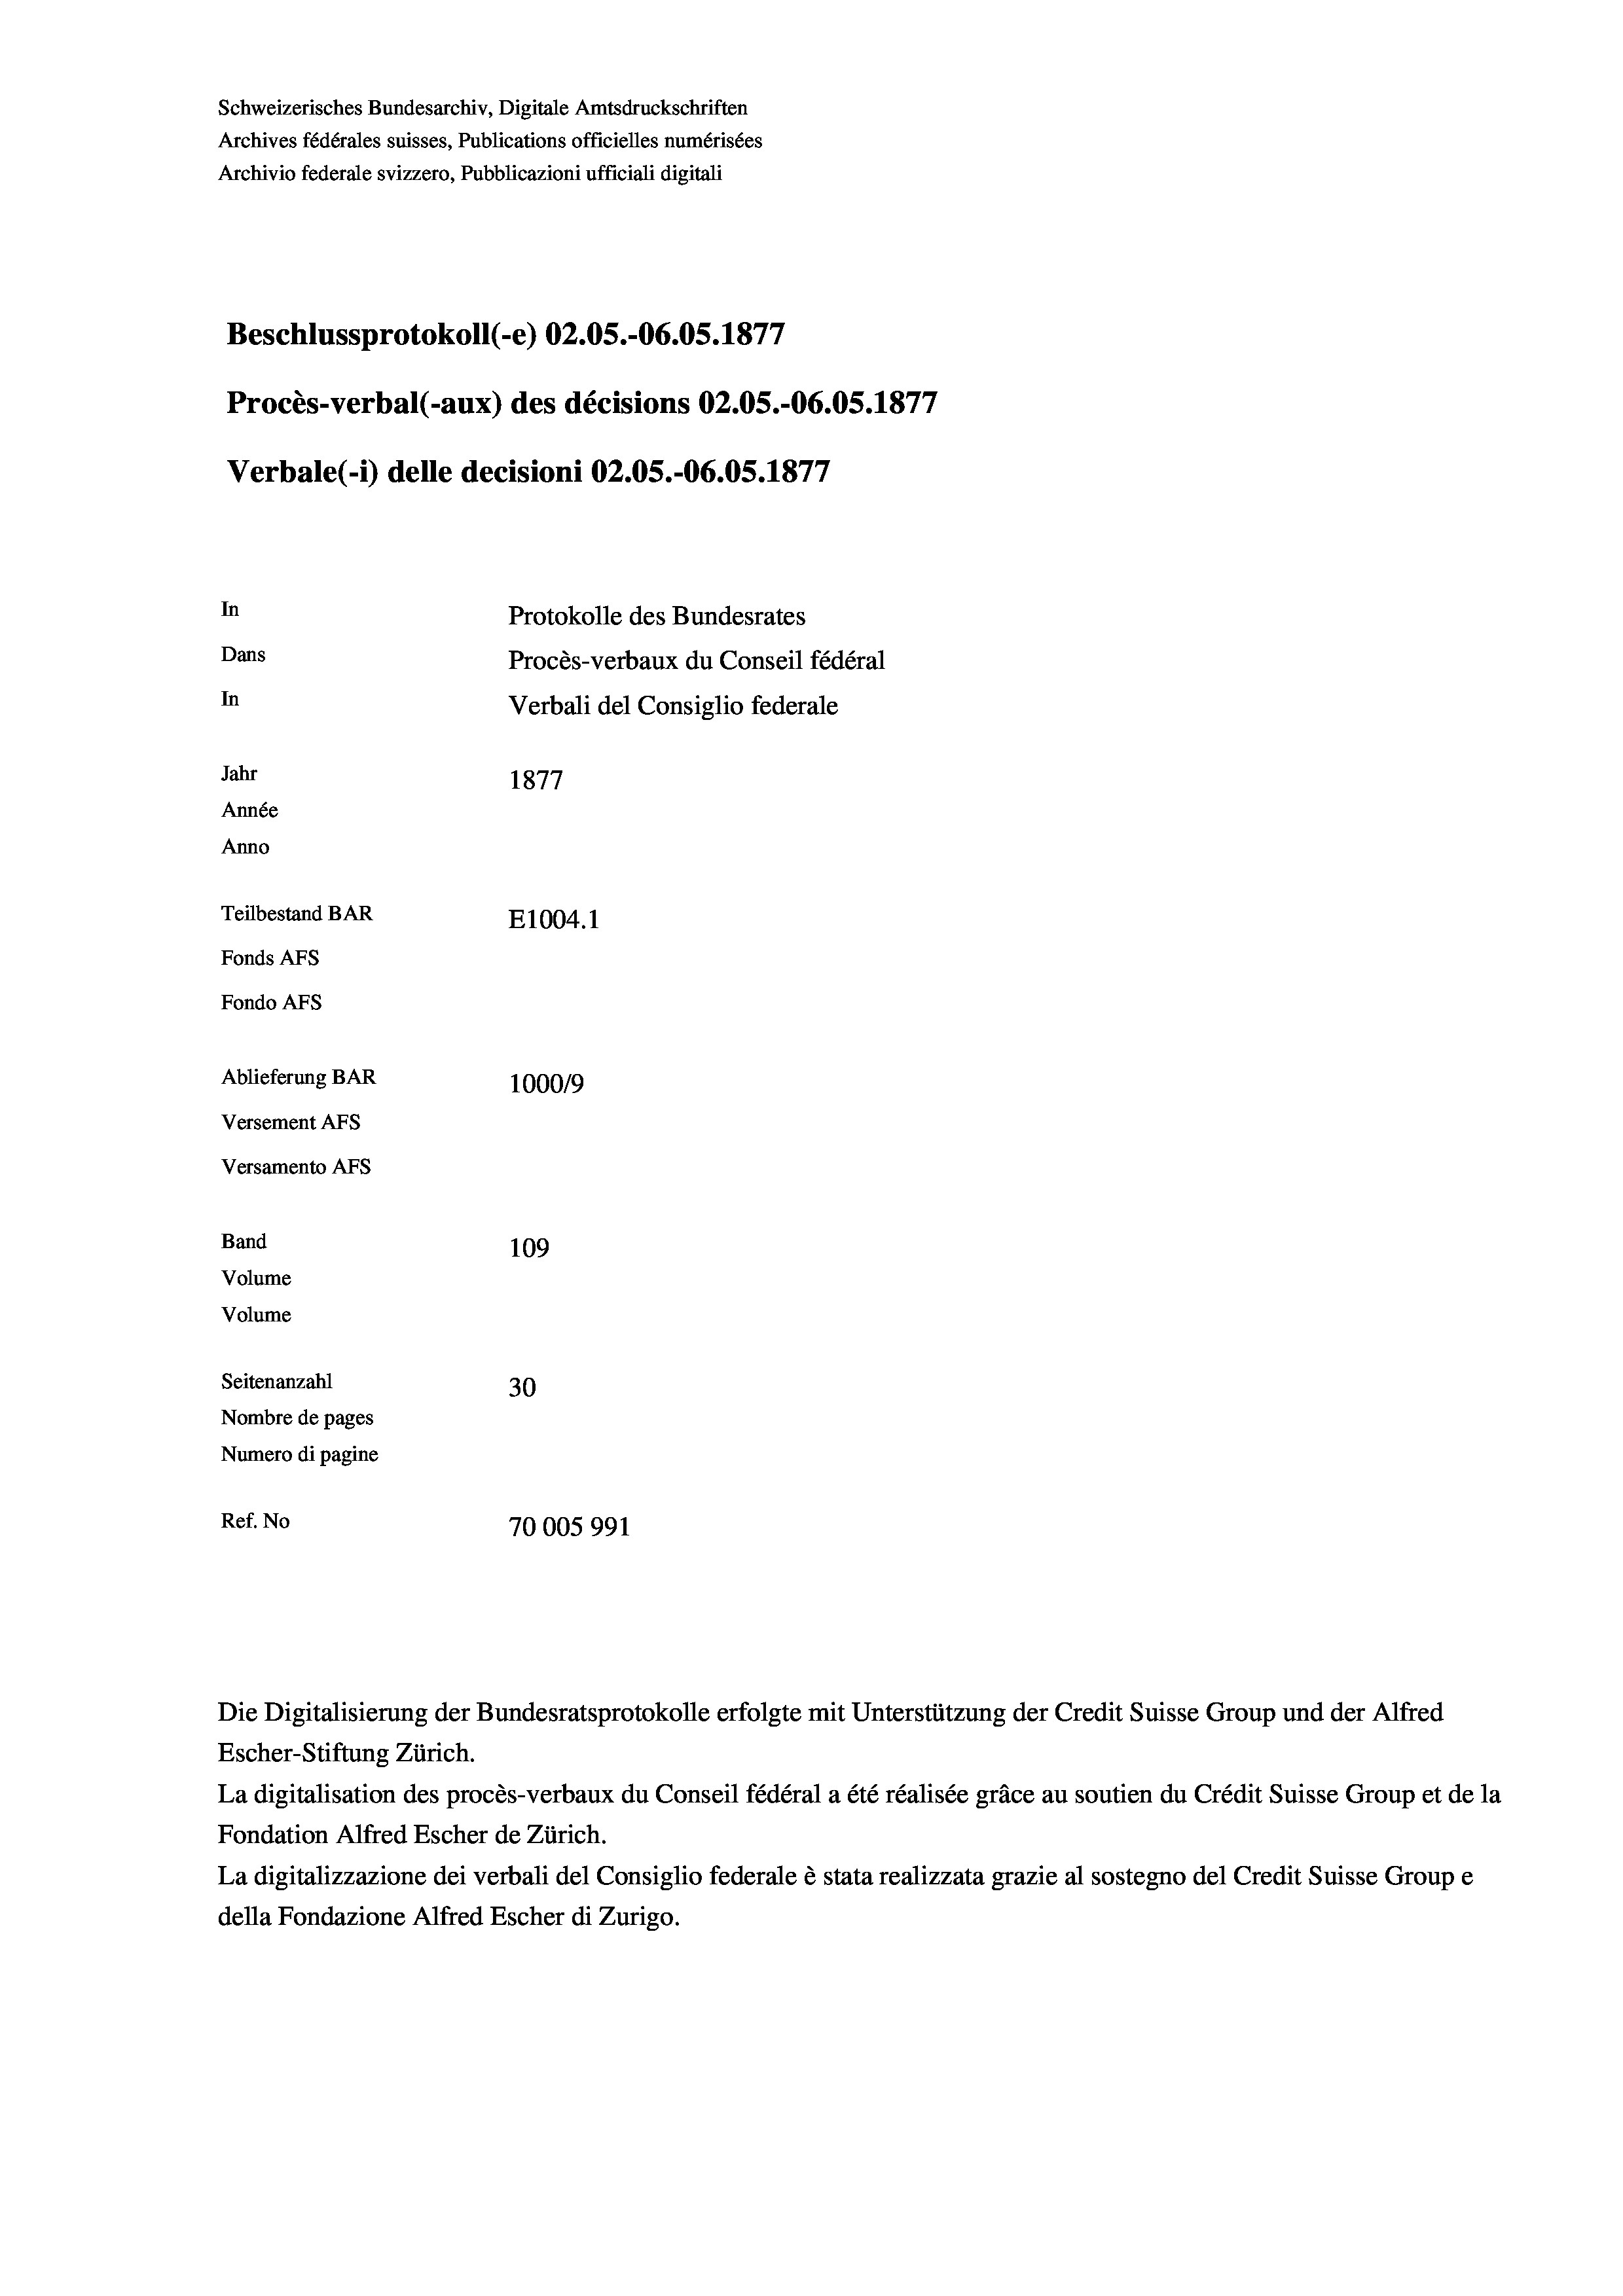
Schweizerisches Bundesarchiv, Digitale Amtsdruckschriften
Archives fédérales suisses, Publications officielles numérisées
Archivio federale svizzero, Pubblicazioni ufficiali digitali
Beschlussprotokoll (-e) 02.05.-06.05. 1877
Procès-verbal (-aux) des décisions 02.05.-06.05. 1877
Verbale(*) delle decisioni 02.05.-06.05. 1877
In
Protokolle des Bundesrates
Dans
Procès-verbaux du Conseil fédéral
In
Verbali del Consiglio federale
Jahr
1877
Année
Anno
Teilbestand BAR
E1004.1
Fonds AFs
Fondo AFs
Ablieferung BAR
100019
Versement AFs
Versamento Afs
Band
109
Volume
Volume
Seitenanzahl
30
Nombre de pages
Numero di pagine
Ref. No
70005991

Die Digitalisierung der Bundesratsprotokolle erfolgte mit Unterstützung der Credit Suisse Group und der Alfred

Escher-Stiftung Zürich.
La digitalisation des procès-verbaux du Conseil fédéral a été réalisée gräce au soutien du Crédit Suisse Group et de la
Fondation Alfred Escher de Zürich.
La digitalizzazione dei verbali del Consiglio federale è stata realizzata grazie al sostegno del Credit Suisse Groupe
della Fondazione Alfred Escher di Zurigo.